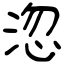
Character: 淴